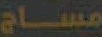
مساج